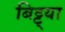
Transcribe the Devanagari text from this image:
बिट्ट्या